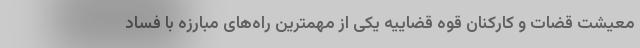
معیشت قضات و کارکنان قوه قضاییه یکی از مهمترین راه‌های مبارزه با فساد